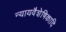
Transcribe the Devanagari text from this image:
न्यायवैशेषिकादि